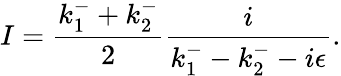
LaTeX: I=\frac{k_{1}^{-}+k_{2}^{-}}{2}\frac{i}{k_{1}^{-}-k_{2}^{-}-i\epsilon}.